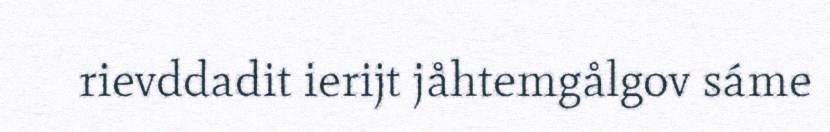
rievddadit ierijt jåhtemgålgov sáme